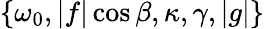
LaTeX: \{ \omega_{0},|f|\cos\beta,\kappa,\gamma,|g|\}